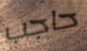
حاجب